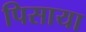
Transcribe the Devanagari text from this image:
पिसाया